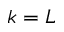
k = L